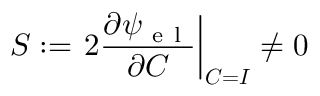
\boldsymbol { S } : = \left. 2 \frac { \partial \psi _ { \mathrm { ~ e ~ l ~ } } } { \partial { \boldsymbol { C } } } \right\vert _ { \boldsymbol { C } = \boldsymbol { I } } \neq \boldsymbol { 0 }